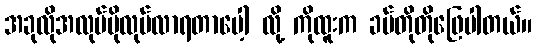
အခုလိုအလုပ်ပိုလုပ်လာရတာပေါ့ လို့ ကိုထူးက ခပ်တိုတိုဖြေပါတယ်။